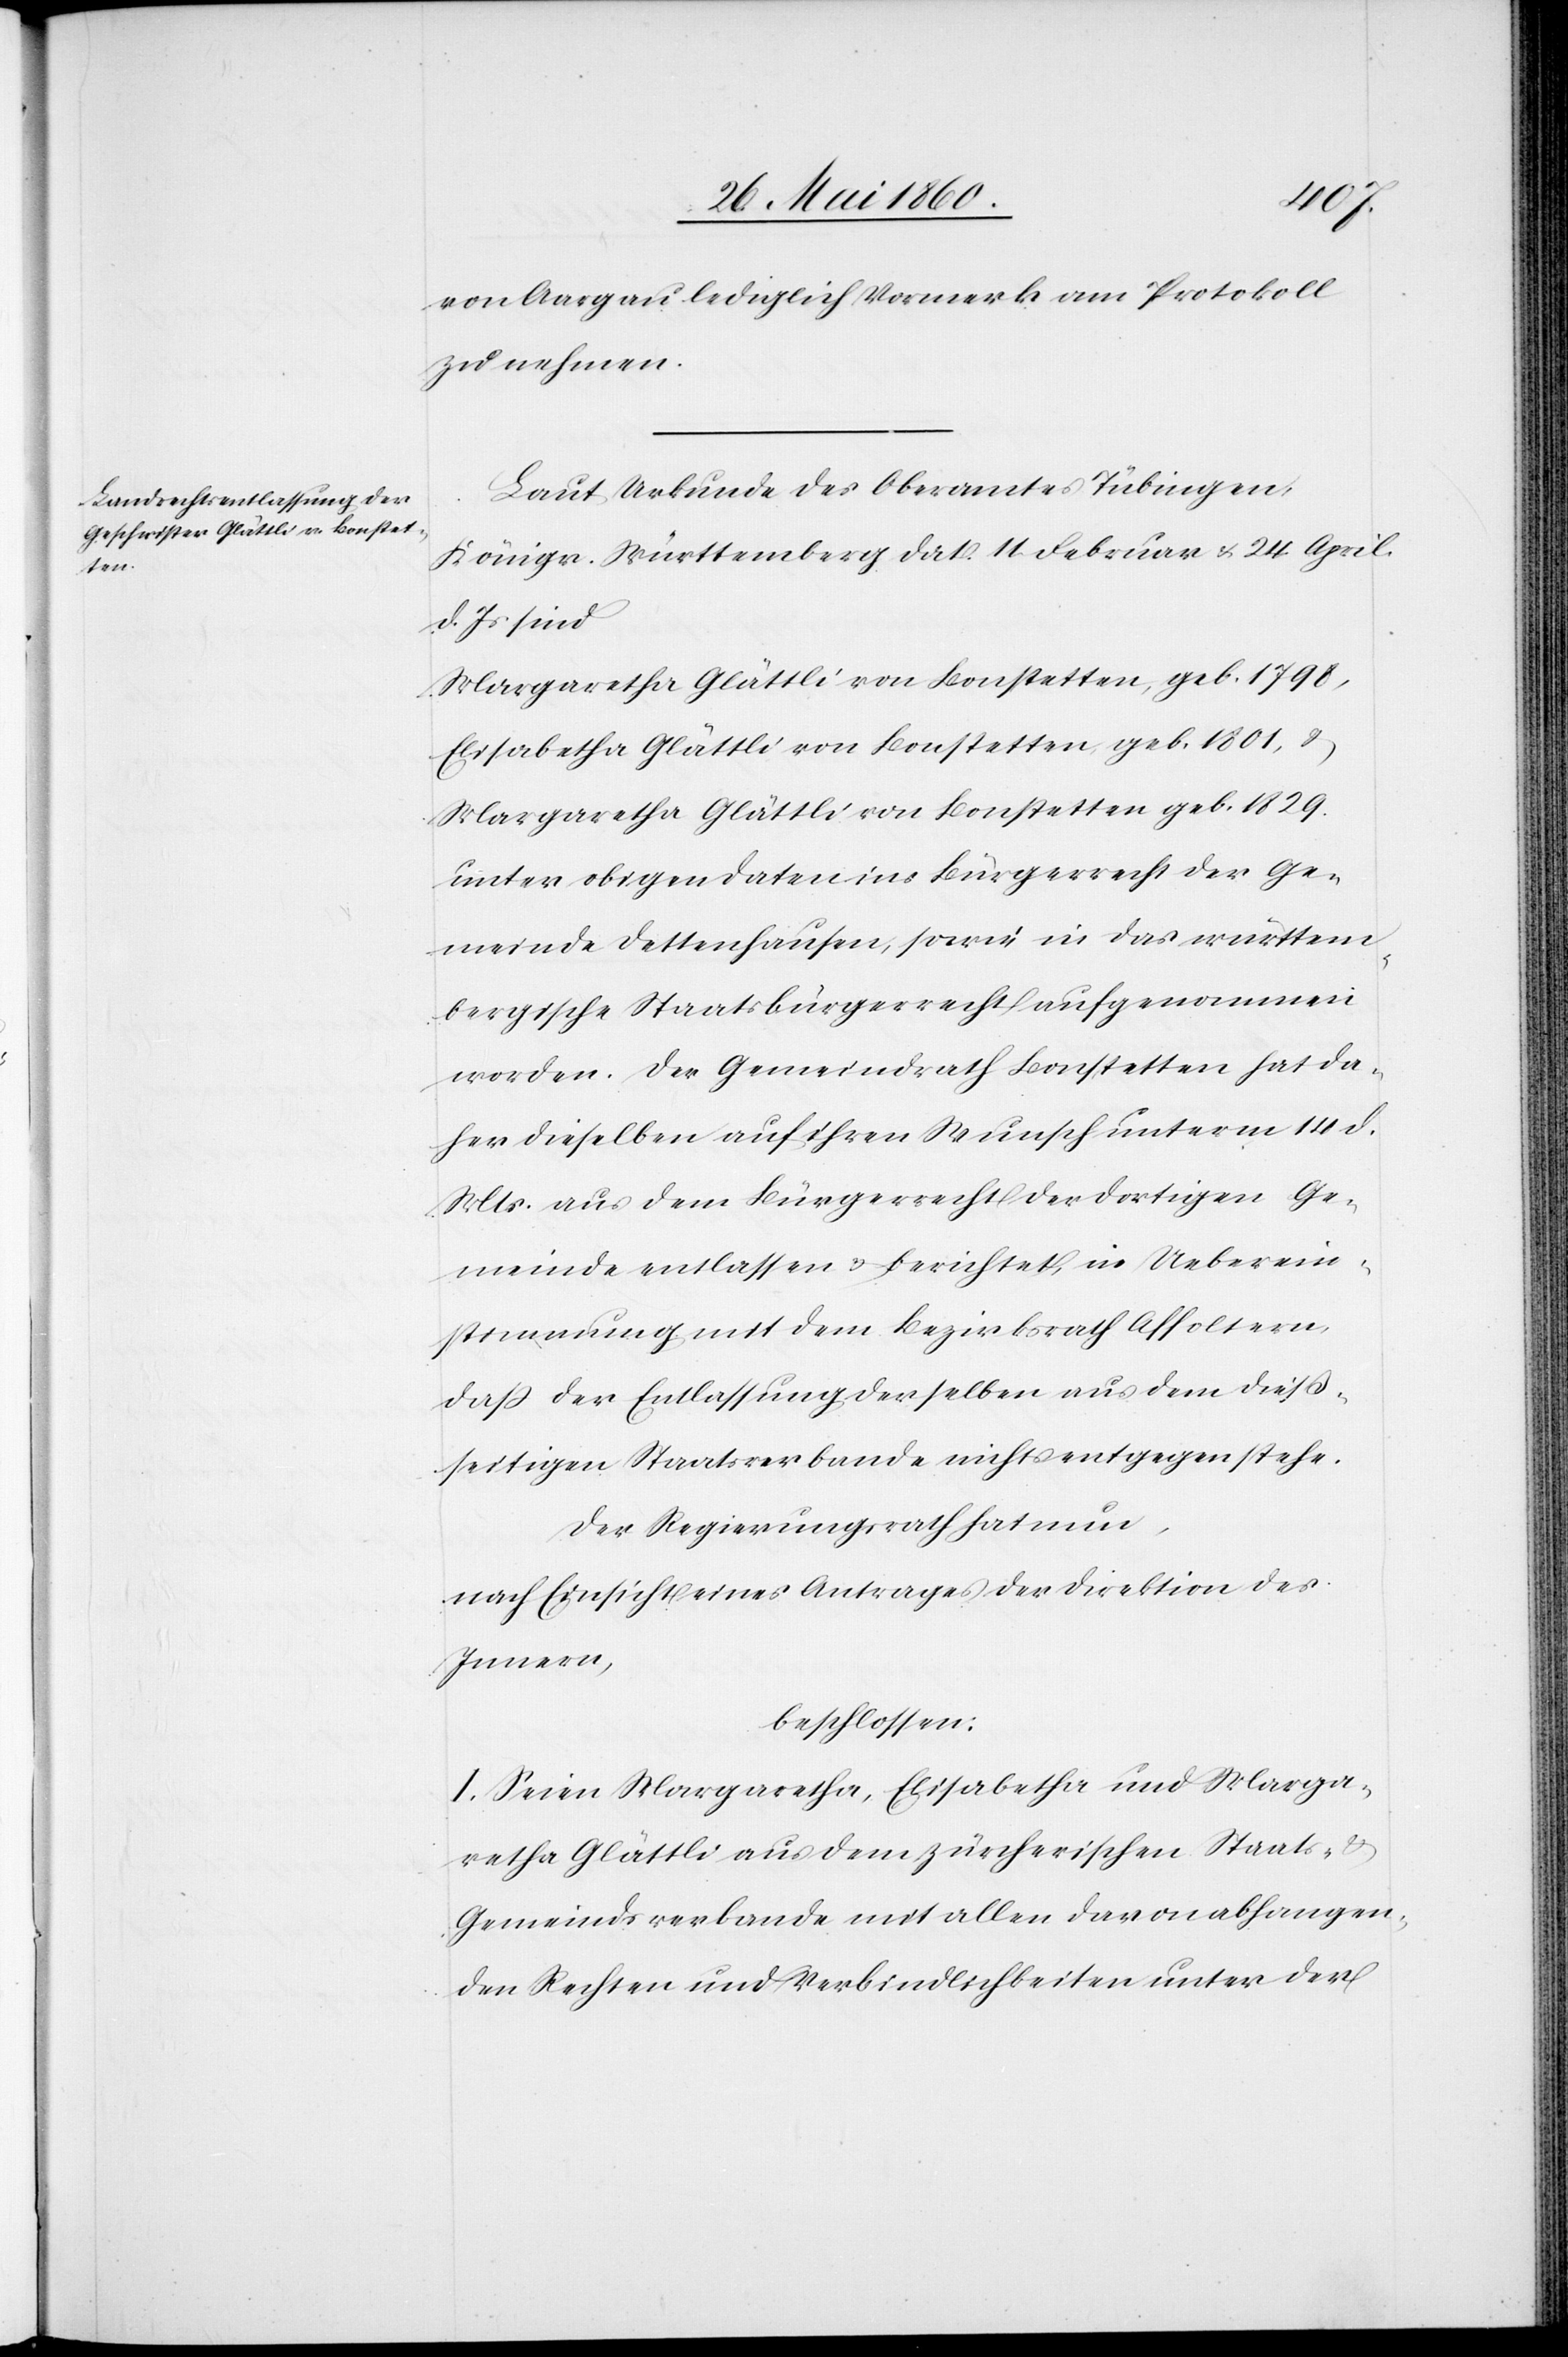
von Aargau lediglich Vormerk am Protokoll
zu nehmen.
Laut Urkunde des Oberamtes Tübingen,
Königr. Württemberg dat. 11. Februar u. 24. April
d. Js. sind
Margaretha Glättli von Bonstetten, geb. 1798,
Elisabetha Glättli von Bonstetten, geb. 1801, u.
Margaretha Glättli von Bonstetten geb. 1829
unter obigen Daten ins Bürgerrecht der Ge¬
meinde Dettenhausen, sowie in das württem¬
bergische Staatsbürgerrecht aufgenommen
worden. Der Gemeindrath Bonstetten hat da¬
her dieselben auf ihren Wunsch unterm 14. d.
Mts. aus dem Bürgerrecht der dortigen Ge¬
meinde entlassen u. berichtet, in Ueberein¬
stimmung mit dem Bezirksrath Affoltern,
dass der Entlassung derselben aus dem dieß¬
seitigen Staatsverbande nichts entgegen stehe.
Der Regierungsrath hat nun,
nach Einsicht eines Antrages der Direktion des
Innern,
beschlossen:
I. Seien Margaretha, Elisabetha und Marga¬
retha Glättli aus dem zürcherischen Staats- u.
Gemeindsverbande mit allen davon abhangen¬
den Rechten und Verbindlichkeiten unter der